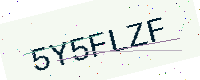
Text: 5Y5FLZF